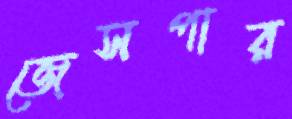
জেসপার